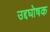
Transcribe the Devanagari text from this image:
उद्दघोषक